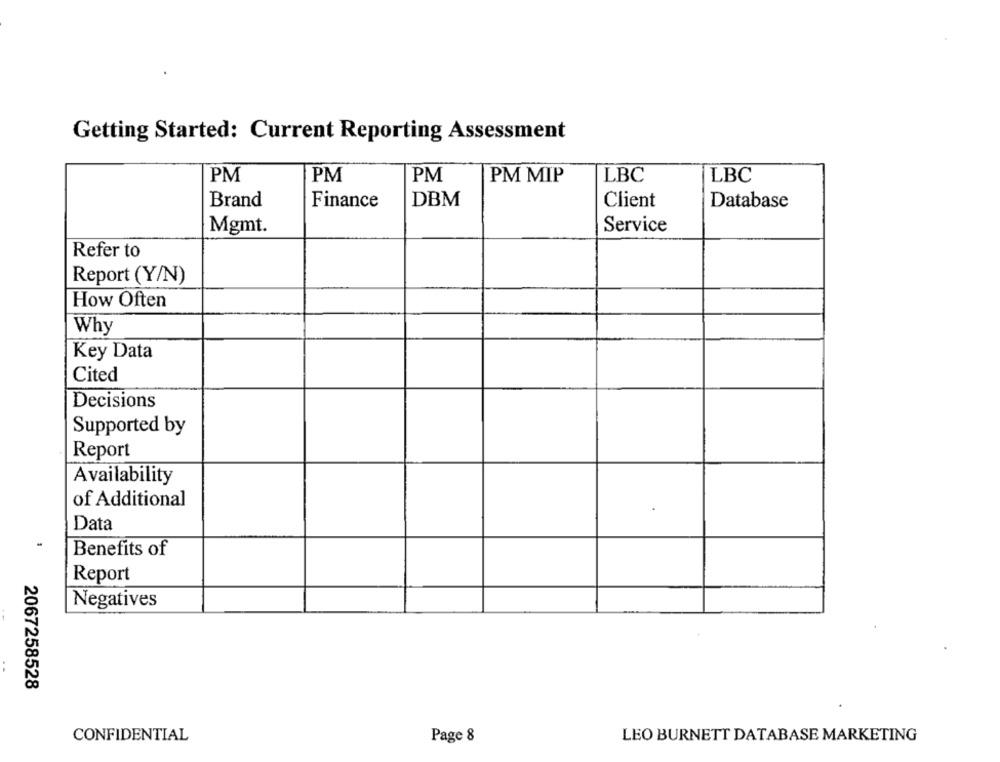
Getting Started: Current Reporting Assessment
PM
PM
PM
PM MIP
LBC
LBC
Brand
Finance
DBM
Client
Database
Service
Mgmt.
Refer to
Report (Y/N)
How Often
Why
Key Data
Cited
Decisions
Supported by
Report
Availability
of Additional
Data
Benefits of
Report
Negatives
2067258528
CONFIDENTIAL
Page 8
LEO BURNETT DATABASE MARKETING